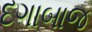
દગાબાજ